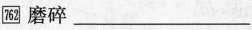
\boxed{762} 磨碎 ___